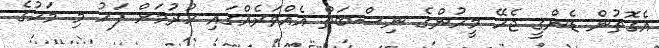
އެގޮތުން ޑެންގީ ޖެހޭ މީހުންގެ ނިސްބަތް އެއްވަރެއްގައި ހުރުމަށް ފަހު މި މަހުގެ